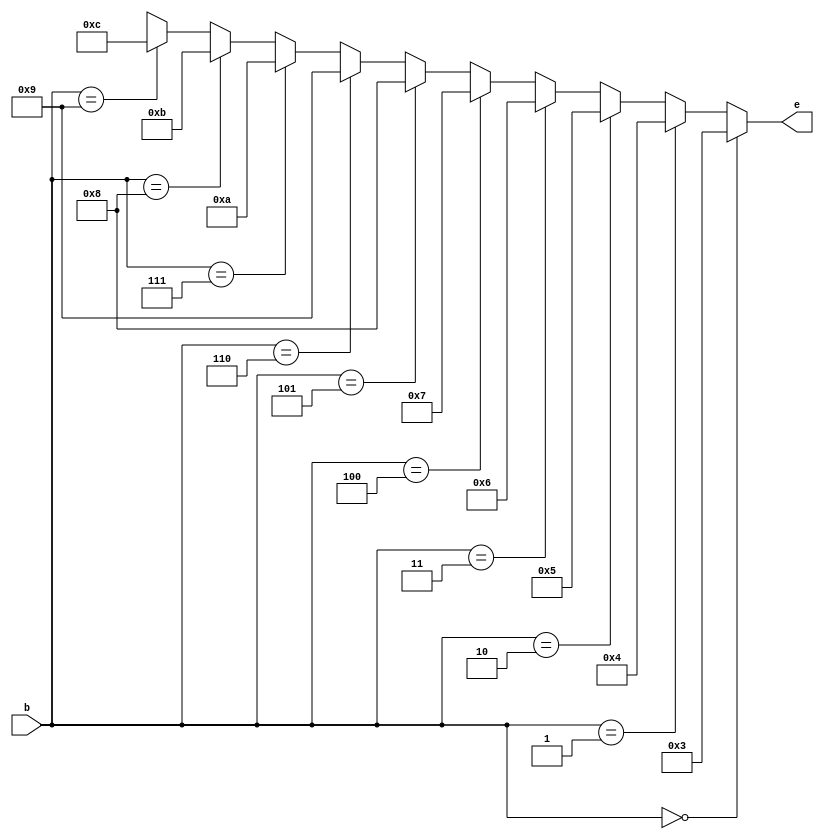
`timescale 1ns / 1ps



module BCDtoExcess3_cond(
    input [3:0] b,
    output [3:0] e
    );
    
    assign e = (b==0) ? 3 : 
               (b==1) ? 4 :
               (b==2) ? 5 :
               (b==3) ? 6 :
               (b==4) ? 7 :
               (b==5) ? 8 :
               (b==6) ? 9 :
               (b==7) ? 10 :
               (b==8) ? 11 :
               (b==9) ? 12 :
               4'bx ;   

endmodule